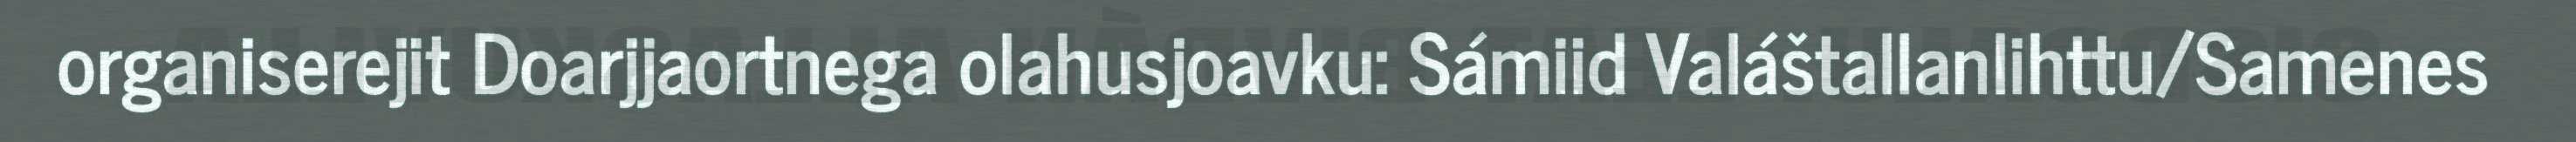
organiserejit Doarjjaortnega olahusjoavku: Sámiid Valáštallanlihttu/Samenes